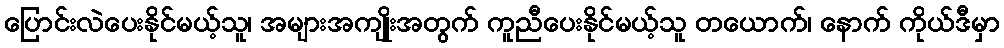
ပြောင်းလဲပေးနိုင်မယ့်သူ၊ အများအကျိုးအတွက် ကူညီပေးနိုင်မယ့်သူ တယောက်၊ နောက် ကိုယ်ဒီမှာ